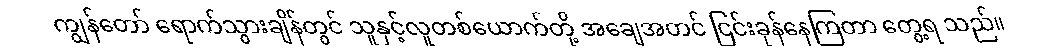
ကျွန်တော် ရောက်သွားချိန်တွင် သူနှင့်လူတစ်ယောက်တို့ အချေအတင် ငြင်းခုန်နေကြတာ တွေ့ရ သည်။